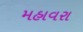
મહાવરા